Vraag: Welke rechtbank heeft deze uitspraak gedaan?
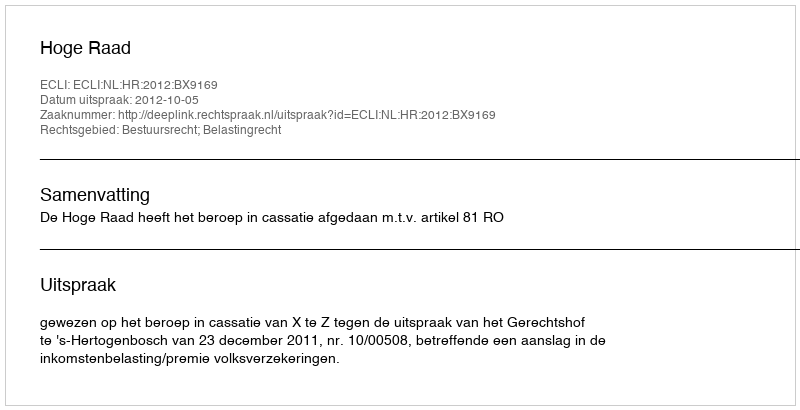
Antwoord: Hoge Raad